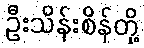
ဦးသိန်းစိန်တို့